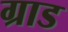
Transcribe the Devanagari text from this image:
ग्राड